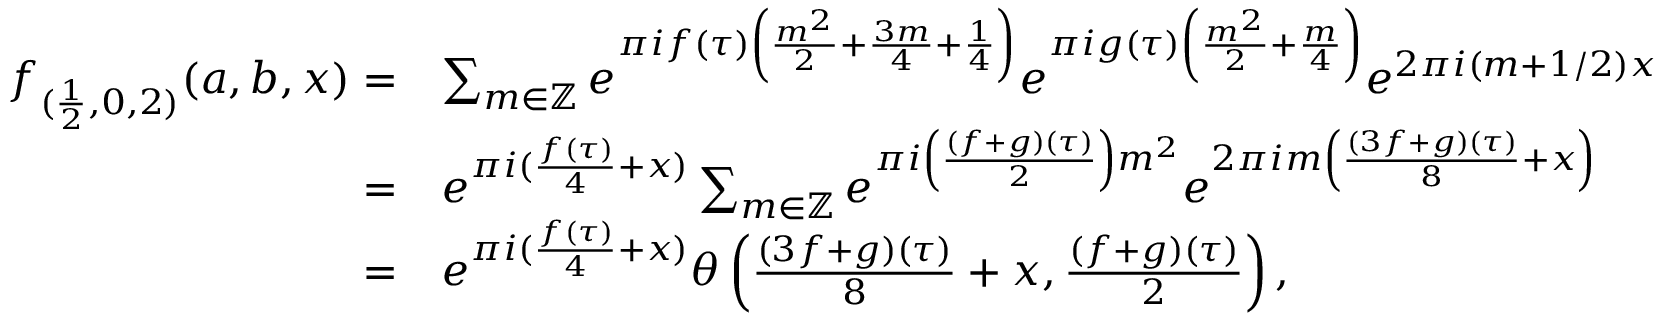
\begin{array} { r l } { f _ { ( \frac { 1 } { 2 } , 0 , 2 ) } ( a , b , x ) = } & { \sum _ { m \in \mathbb { Z } } e ^ { \pi i f ( \tau ) \left( \frac { m ^ { 2 } } { 2 } + \frac { 3 m } { 4 } + \frac { 1 } { 4 } \right) } e ^ { \pi i g ( \tau ) \left( \frac { m ^ { 2 } } { 2 } + \frac { m } { 4 } \right) } e ^ { 2 \pi i ( m + 1 / 2 ) x } } \\ { = } & { e ^ { \pi i ( \frac { f ( \tau ) } { 4 } + x ) } \sum _ { m \in \mathbb { Z } } e ^ { \pi i \left( \frac { ( f + g ) ( \tau ) } { 2 } \right) m ^ { 2 } } e ^ { 2 \pi i m \left( \frac { ( 3 f + g ) ( \tau ) } { 8 } + x \right) } } \\ { = } & { e ^ { \pi i ( \frac { f ( \tau ) } { 4 } + x ) } \theta \left( \frac { ( 3 f + g ) ( \tau ) } { 8 } + x , \frac { ( f + g ) ( \tau ) } { 2 } \right) , } \end{array}